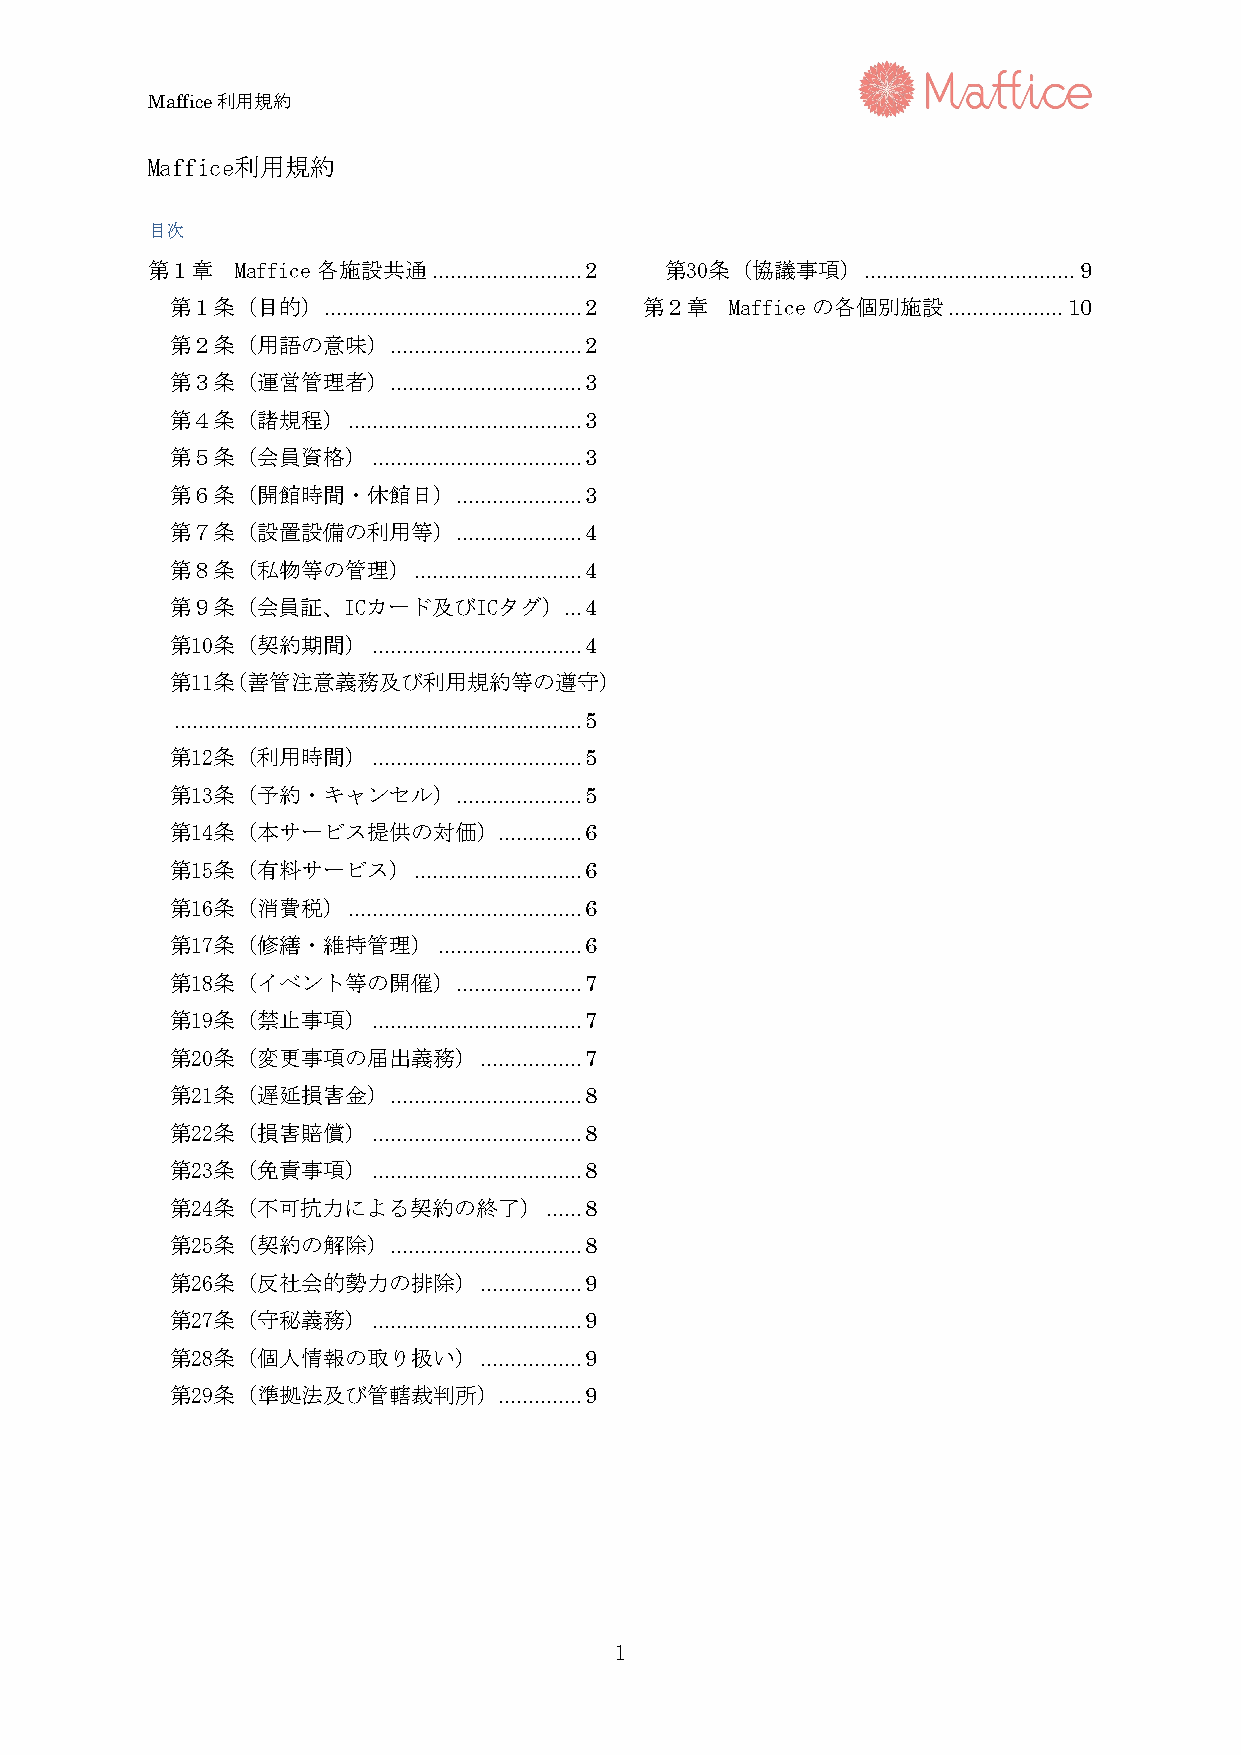
Maffice利用規約
 Maffice利用規約
 目次
 第１章   Maffice各施設共通 ......................... 2 第30条（協議事項） ................................... 9
 第１条（目的）   ........................................... 2 第２章 Mafficeの各個別施設 ................... 10
 第２条（用語の意味）     ................................ 2
 第３条（運営管理者）     ................................ 3
 第４条（諸規程）    ....................................... 3
 第５条（会員資格）     ................................... 3
 第６条（開館時間・休館日）      ..................... 3
 第７条（設置設備の利用等）      ..................... 4
 第８条（私物等の管理）     ............................ 4
 第９条（会員証、ICカード及びICタグ）      ... 4
 第10条（契約期間）    ................................... 4
 第11条（善管注意義務及び利用規約等の遵守）
 .................................................................... 5
 第12条（利用時間）    ................................... 5
 第13条（予約・キャンセル）     ..................... 5
 第14条（本サービス提供の対価）.............. 6
 第15条（有料サービス）    ............................ 6
 第16条（消費税）   ....................................... 6
 第17条（修繕・維持管理）     ........................ 6
 第18条（イベント等の開催）     ..................... 7
 第19条（禁止事項）    ................................... 7
 第20条（変更事項の届出義務）      ................. 7
 第21条（遅延損害金）    ................................ 8
 第22条（損害賠償）    ................................... 8
 第23条（免責事項）    ................................... 8
 第24条（不可抗力による契約の終了）       ...... 8
 第25条（契約の解除）    ................................ 8
 第26条（反社会的勢力の排除）      ................. 9
 第27条（守秘義務）    ................................... 9
 第28条（個人情報の取り扱い）      ................. 9
 第29条（準拠法及び管轄裁判所）.............. 9
 1